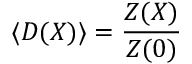
\left. \langle { \cal D } ( X ) \rangle = \frac { Z ( X ) } { Z ( 0 ) } \right.